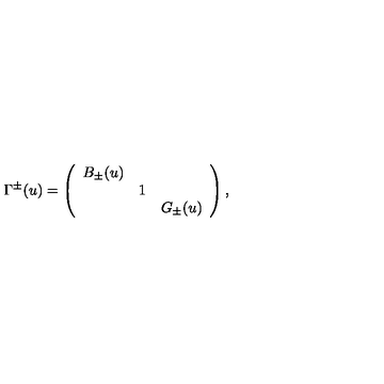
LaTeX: \Gamma ^ { \pm } ( u ) = \left( \begin{array} { c c c } { B _ { \pm } ( u ) } & { } & { } \\ { } & { 1 } & { } \\ { } & { } & { G _ { \pm } ( u ) } \\ \end{array} \right) ,